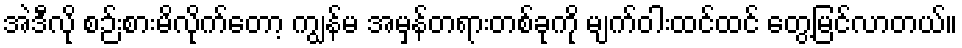
အဲဒီလို စဉ်းစားမိလိုက်တော့ ကျွန်မ အမှန်တရားတစ်ခုကို မျက်ဝါးထင်ထင် တွေ့မြင်လာတယ်။